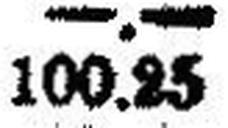
100.25